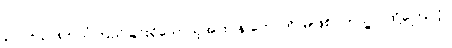
၃၁၇+ ၃၁၈+ ယုံကြည်ခြင်းရှိသောသူအား။ န ဟောတိ၊ မဖြစ်။ တသ္မာ၊ ထို့ကြောင့်။